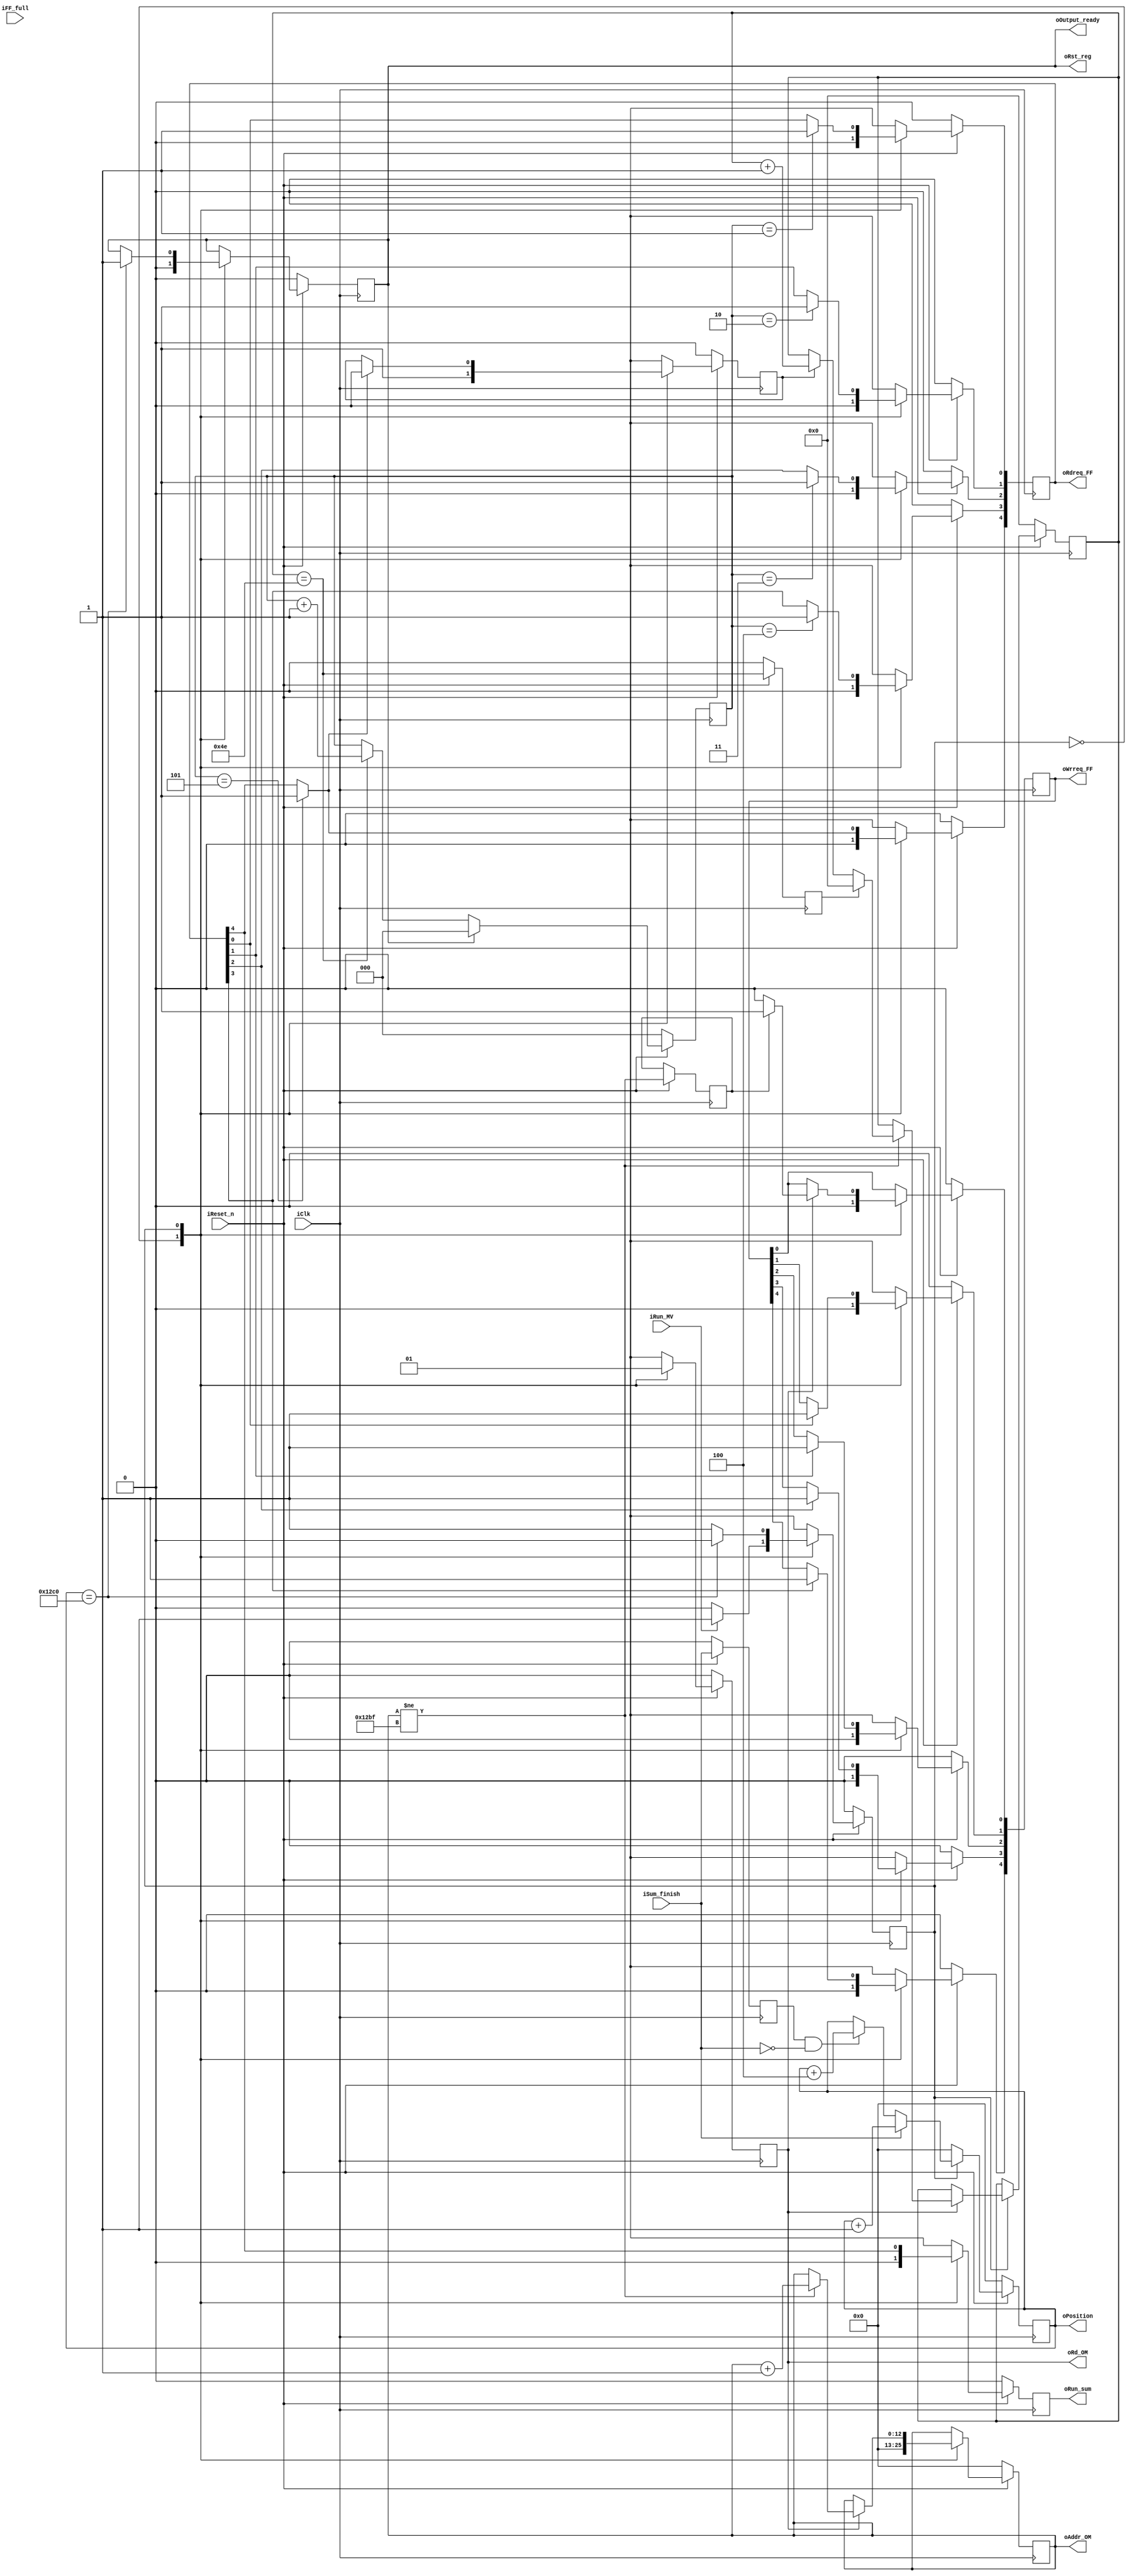
module mv_control 	(
						//Input
						input				iClk,
						input				iReset_n,
						input				iRun_MV,
						input		[4:0]	iFF_full,
						input				iSum_finish,
						//Output
						output	reg			oRun_sum,
						output				oRst_reg,
						output	reg	[4:0]	oRdreq_FF,
						output	reg	[4:0]	oWrreq_FF,
						output	reg			oRd_OM,
						output	reg	[12:0]	oAddr_OM,
						output		[12:0]	oPosition,
						output	reg			oOutput_ready
					);

parameter	OUT_READY_VAL	=	13'd4800,
			FULL_VAL		=	7'd78;
//=======================REGISTERS============================
reg		[12:0]	counter1;
reg		[6:0]	counter2;
reg				en_counter2;
reg				state;
reg		[2:0]	no_ff_full_reg;
reg				rst_counter2;
reg				pre_sum_finish;
reg				en_wr_0;
//=========================WIRES==============================
wire			out_ready;
wire	[4:0]	wr_ff;
wire	[4:0]	rd_ff;
wire	[2:0]	no_ff_full;
wire			rd_cond;
wire			pre_ff_full;
wire			end_row;
wire	[2:0]	w1;
//============================================================
assign		out_ready	= counter1 == OUT_READY_VAL;
assign		oRst_reg	= oOutput_ready;
assign		pre_ff_full	= counter2 == FULL_VAL;
assign		w1			= no_ff_full_reg;
assign		no_ff_full	= (pre_ff_full) ? (w1 + 1'b1) : w1;
assign		rd_cond		= oAddr_OM != 13'd4799;
assign		oPosition	= counter1;

assign		rd_ff[0]	=	(no_ff_full_reg == 3'd1) ? 1'b1 : oRdreq_FF[0];				
assign		rd_ff[1]	=	(no_ff_full_reg == 3'd2) ? 1'b1 : oRdreq_FF[1];
assign		rd_ff[2]	=	(no_ff_full_reg == 3'd3) ? 1'b1 : oRdreq_FF[2];
assign		rd_ff[3]	=	(no_ff_full_reg == 3'd4) ? 1'b1 : oRdreq_FF[3];
assign		rd_ff[4]	=	(no_ff_full_reg == 3'd5) ? 1'b1 : oRdreq_FF[4];

assign		wr_ff[0]	=	1'b1;
assign		wr_ff[1]	=	(oRdreq_FF[0]) ? 1'b1 : oWrreq_FF[1];
assign		wr_ff[2]	=	(oRdreq_FF[1]) ? 1'b1 : oWrreq_FF[2];
assign		wr_ff[3]	=	(oRdreq_FF[2]) ? 1'b1 : oWrreq_FF[3];
assign		wr_ff[4]	=	(oRdreq_FF[3]) ? 1'b1 : oWrreq_FF[4];

assign		end_row		=	pre_sum_finish & ~iSum_finish;
//============================================================
always @ (posedge iClk)
begin
	if (~iReset_n)
	begin
		state			<= 1'b0;
		oAddr_OM		<= 13'b0;
		oRd_OM			<= 1'b0;
		oRun_sum		<= 1'b0;
		counter1 		<= 13'b0;
		counter2		<= 7'b0;
		en_counter2		<= 1'b0;
		no_ff_full_reg	<= 3'b0;
		rst_counter2	<= 1'b0;
		oRdreq_FF		<= 5'b0;
		oWrreq_FF		<= 5'b0;
		oOutput_ready	<= 1'b0;
		pre_sum_finish	<= 1'b0;
	end
	else
	begin
		no_ff_full_reg	<=	(oOutput_ready) ? 3'b0 : no_ff_full;
		rst_counter2	<=	pre_ff_full;
		pre_sum_finish	<=	iSum_finish;
		counter1 		<=	(iSum_finish) ? (counter1 + 1'b1) : (end_row) ? (counter1 + 3'd4) : counter1;
		en_wr_0			<=	rd_cond;
		case (state)
		0:
			begin
				oRdreq_FF		<=	5'b0;
				oWrreq_FF		<=	5'b0;
				oAddr_OM		<= 	13'b0;
				oRd_OM			<= 	1'b0;
				oOutput_ready	<=	1'b0;
				counter1		<=	13'b0;
				en_counter2		<=	1'b1;
				oRun_sum		<=	1'b0;
				if (iRun_MV)
					state <= 1'b1;
				else
					state <= 1'b0;
			end
		1:
			begin
				oRd_OM			<= 1'b1;

				oRdreq_FF[0]	<=	rd_ff[0];				
				oRdreq_FF[1]	<=	rd_ff[1];
				oRdreq_FF[2]	<=	rd_ff[2];
				oRdreq_FF[3]	<=	rd_ff[3];
				oRdreq_FF[4]	<=	rd_ff[4];
			
				oWrreq_FF[1]	<=	wr_ff[1];
				oWrreq_FF[2]	<=	wr_ff[2];
				oWrreq_FF[3]	<=	wr_ff[3];
				oWrreq_FF[4]	<=	wr_ff[4];
				
				oRun_sum		<= 	oRdreq_FF[4];
				en_counter2		<=	(rd_ff[4]) ? 1'b0 : en_counter2;
					
				if (oRd_OM)
				begin
					if (rd_cond)
					begin
						oAddr_OM	<= oAddr_OM + 1'b1;
						if (~rst_counter2)
							counter2	<= (en_counter2) ? (counter2 + 1'b1) : counter2;
						else
							counter2	<=	7'b0;
					end
					oWrreq_FF[0]	<= (en_wr_0) ? wr_ff[0] : 1'b0;
				end
					
				if (out_ready)
				begin
					oOutput_ready	<=	1'b1;
					state			<=	1'b0;
				end
				else
					state		<=	1'b1;
			end
		endcase
	end
end

endmodule